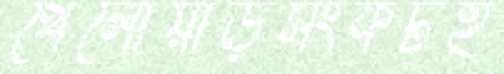
খেলোয়াড়সংকটই